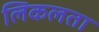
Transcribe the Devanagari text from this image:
लिकलता